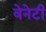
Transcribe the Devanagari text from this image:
वेनेटी